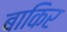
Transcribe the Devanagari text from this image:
बाकिर